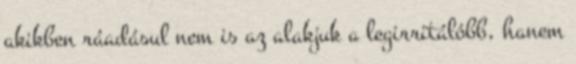
akikben ráadásul nem is az alakjuk a legirritálóbb, hanem